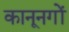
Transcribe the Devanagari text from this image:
कानूनगों